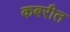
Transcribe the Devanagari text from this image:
कबरीत